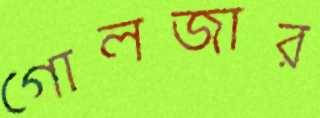
গোলজার